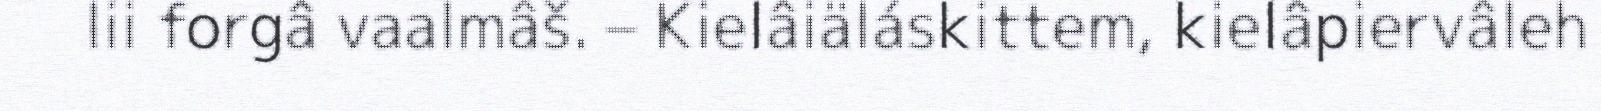
lii forgâ vaalmâš. – Kielâiäláskittem, kielâpiervâleh